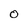
Character: 0